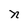
Character: n